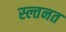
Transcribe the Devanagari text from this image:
स्ल्तनत